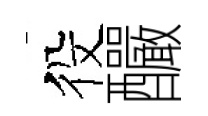
役釅